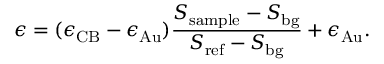
\epsilon = ( \epsilon _ { \mathrm { C B } } - \epsilon _ { \mathrm { A u } } ) \frac { S _ { \mathrm { s a m p l e } } - S _ { \mathrm { b g } } } { S _ { \mathrm { r e f } } - S _ { \mathrm { b g } } } + \epsilon _ { \mathrm { A u } } .